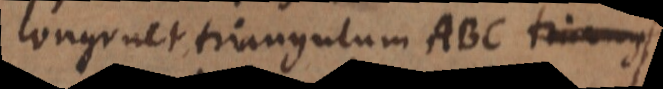
congruet triangulum ABC triangulo